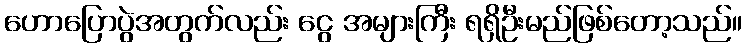
ဟောပြောပွဲအတွက်လည်း ငွေ အများကြီး ရရှိဦးမည်ဖြစ်တော့သည်။